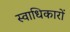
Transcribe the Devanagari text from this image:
स्वाधिकारों